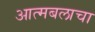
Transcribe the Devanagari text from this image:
आत्मबलाचा